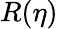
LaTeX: R(\eta)